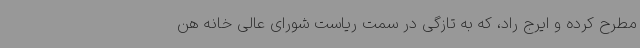
مطرح کرده و ایرج راد، که به تازگی در سمت ریاست شورای عالی خانه هن